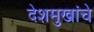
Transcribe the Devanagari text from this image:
देशमुखांचे